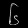
Digit: ၆